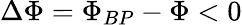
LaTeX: \Delta\Phi=\Phi_{BP}-\Phi<0